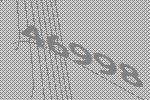
46998